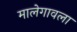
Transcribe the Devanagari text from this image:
मालेगावला